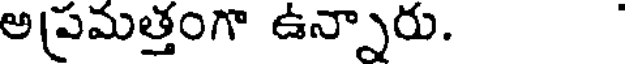
అ(పమత్తంగా ఉన్నారు.